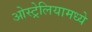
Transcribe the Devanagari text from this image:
ओस्ट्रेलियामध्ये